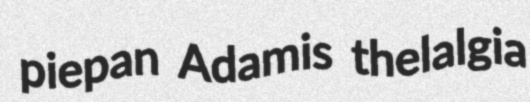
piepan Adamis thelalgia